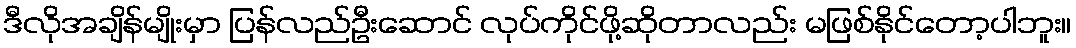
ဒီလိုအချိန်မျိုးမှာ ပြန်လည်ဦးဆောင် လုပ်ကိုင်ဖို့ဆိုတာလည်း မဖြစ်နိုင်တော့ပါဘူး။